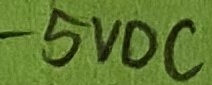
Text: -5VDC